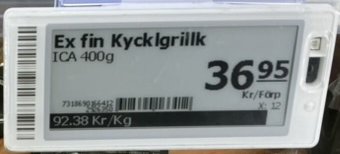
Vara: Ex fin Kycklgrillk
Genomsnittspris: 92.38 per kg